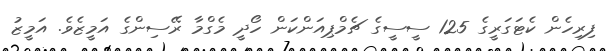
ފިރިހެން ކެޓަގަރީގެ 125 ސީސީގެ ޗެމްޕިއަންކަން ހޯދީ މެގްމާ ރޭސިންގެ އަމީޒެވެ. އަމީޒު